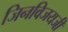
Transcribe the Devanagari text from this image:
जिनविजयजी